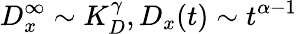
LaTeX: D_{x}^{\infty}\sim K_{D}^{\gamma},D_{x}(t)\sim t^{\alpha-1}